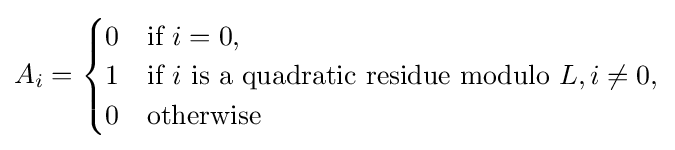
A_{i}={\begin{cases}0&{\mbox{if }}i=0,\\1&{\mbox{if }}i{\mbox{ is a quadratic residue modulo }}L,i\neq 0,\\0&{\mbox{otherwise}}\end{cases}}